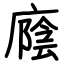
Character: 廕